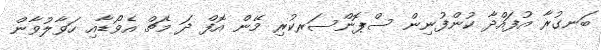
ބަނގުރާ އުފައްދާ ކުންފުނިން ސްޕޮންސަރކުރި މޭން އޮފް ދަ މެޗް އެވޯޑާއި ހަވާލުވާން